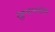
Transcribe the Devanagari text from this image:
खुमानलाल